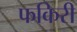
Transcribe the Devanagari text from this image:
फकिरी